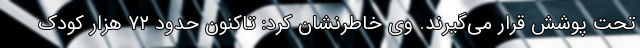
تحت پوشش قرار می‌گیرند. وی خاطرنشان کرد: تاکنون حدود ۷۲ هزار کودک